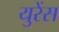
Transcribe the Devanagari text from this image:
युरेंस